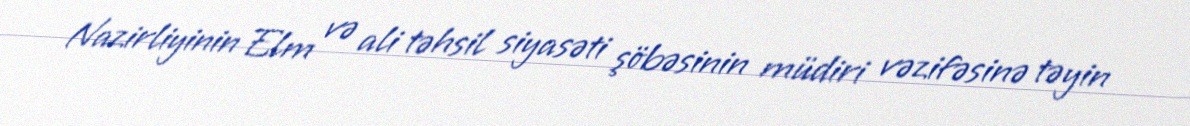
Nazirliyinin Elm və ali təhsil siyasəti şöbəsinin müdiri vəzifəsinə təyin